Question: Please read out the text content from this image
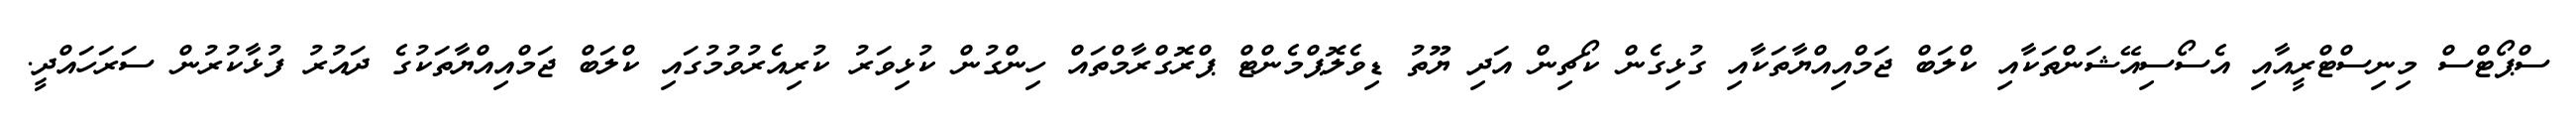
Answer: ސްޕޯޓްސް މިނިސްޓްރީއާއި އެސޯސިއޭޝަންތަކާއި ކްލަބް ޖަމްއިއްޔާތަކާއި ގުޅިގެން ކޯޗިން އަދި ޔޫތު ޑިވެލޮޕްމެންޓް ޕްރޮގްރާމްތައް ހިންގުން ކުޅިވަރު ކުރިއެރުވުމުގައި ކްލަބް ޖަމްއިއްޔާތަކުގެ ދައުރު ފުޅާކުރުން ސަރަހައްދީ.